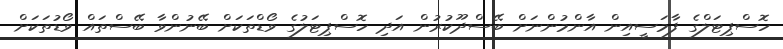
ހޮސްޕިޓަލްގެ ފާމަސީއިން އާންމުންނަށް ބޭސްދޫކުރުން އަދި ހޮސްޕިޓަލުގެ ވޯޑްތަކަށް ބޭނުންވާ ބޭސްތައް ވޯޑުތަކަށް